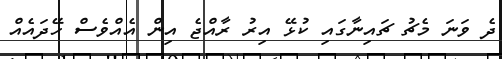
ދެ ވަނަ މެޗު ޗައިނާގައި ކުޅޭ އިރު ރާއްޖެ އިން އެއްވެސް ހޭދައެއް